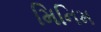
મિનિમ